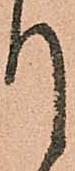
て